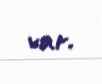
var.